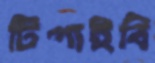
টিপাইবি